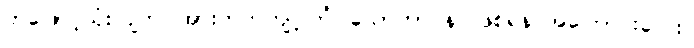
တဖြောင့်သုံးလျက်၊ အားတက်ကျင့်ကြံ၊ သောတာပန်၊ ဖြစ်ရန် အကြောင်းလေး။